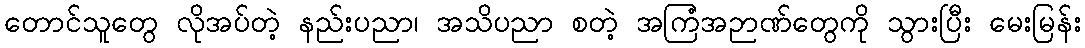
တောင်သူတွေ လိုအပ်တဲ့ နည်းပညာ၊ အသိပညာ စတဲ့ အကြံအဉာဏ်တွေကို သွားပြီး မေးမြန်း